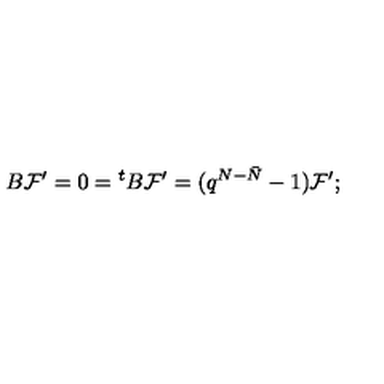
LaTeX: B { \cal F } ^ { \prime } = 0 = { ^ t B } { \cal F } ^ { \prime } = ( q ^ { N - \bar { N } } - 1 ) { \cal F } ^ { \prime } ;